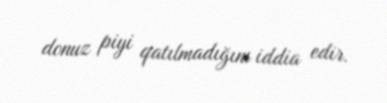
donuz piyi qatılmadığını iddia edir.